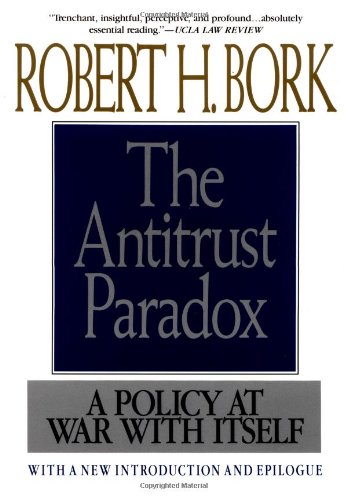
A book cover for Antitrust Paradox; Robert H. Bork; Law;